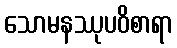
သောမနဿုပဝိစာရာ